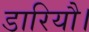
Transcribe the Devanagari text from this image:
डारियौ।